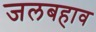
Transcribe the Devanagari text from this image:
जलबहाव